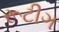
રૂટીગ